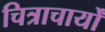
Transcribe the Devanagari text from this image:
चित्राचार्यों